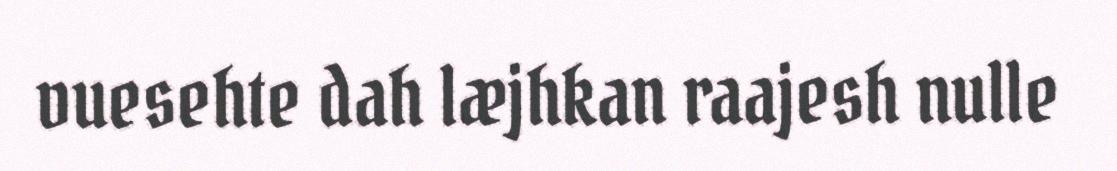
vuesehte dah læjhkan raajesh nulle